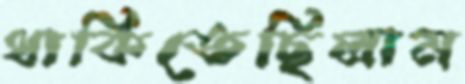
থাকিতেছিলাম